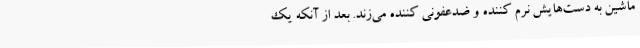
ماشین به دست‌هایش نرم کننده و ضدعفونی کننده می‌زند. بعد از آنکه یک